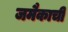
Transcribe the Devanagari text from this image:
जमैकाची